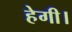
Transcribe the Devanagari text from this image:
हेगी।